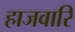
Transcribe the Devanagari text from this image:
हाजवारि